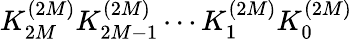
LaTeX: K_{2M}^{(2M)}K_{2M-1}^{(2M)}\cdots K_{1}^{(2M)}K_{0}^{(2M)}